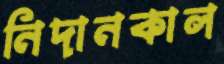
নিদানকাল